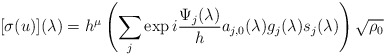
\begin{align*} [\sigma(u)](\lambda) = h^{\mu}\left(\sum_j \exp i{\frac{\Psi_j(\lambda)}{h}} a_{j,0}(\lambda) g_j(\lambda)s_j(\lambda)\right) \sqrt{\rho_0}\end{align*}